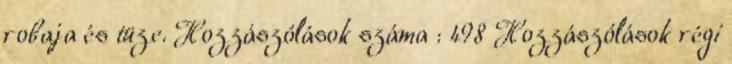
robaja és tüze. Hozzászólások száma : 498 Hozzászólások régi